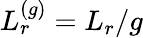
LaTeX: L_{r}^{(g)}={L_{r}}/{g}